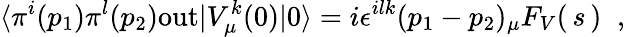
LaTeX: \langle\pi^{i}(p_{1})\pi^{l}(p_{2})\mathrm{out}|V_{\mu}^{k}(0)|0\rangle=i\epsilon^{ilk}(p_{1}-p_{2})_{\mu}F_{V}(\, s\, )\; \; ,